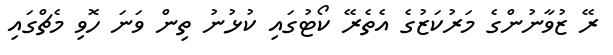
ރޭ ޒުވާނުންގެ މަރުކަޒުގެ އެތެރޭ ކޯޓުގައި ކުޅުނު ތިން ވަނަ ހޮވި މެޗްގައި